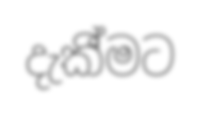
දැකී්මට